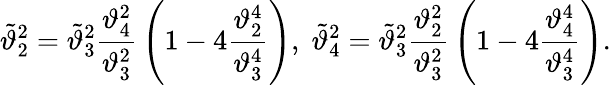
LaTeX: \tilde{\vartheta}_{2}^{2}=\tilde{\vartheta}_{3}^{2}{\frac{\vartheta_{4}^{2}}{\vartheta_{3}^{2}}}\left(1-4{\frac{\vartheta_{2}^{4}}{\vartheta_{3}^{4}}}\right),\; \tilde{\vartheta}_{4}^{2}=\tilde{\vartheta}_{3}^{2}{\frac{\vartheta_{2}^{2}}{\vartheta_{3}^{2}}}\left(1-4{\frac{\vartheta_{4}^{4}}{\vartheta_{3}^{4}}}\right).